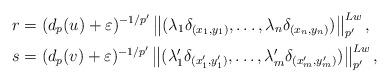
LaTeX: \begin{align*}r&=(d_p(u)+\varepsilon)^{-1/p'}\left\|(\lambda_1\delta_{(x_1,y_1)},\ldots,\lambda_n\delta_{(x_n,y_n)})\right\|_{p'}^{Lw},\\s&=(d_p(v)+\varepsilon)^{-1/p'}\left\|(\lambda'_1\delta_{(x'_1,y'_1)},\ldots,\lambda'_m\delta_{(x'_m,y'_m)})\right\|_{p'}^{Lw},\end{align*}